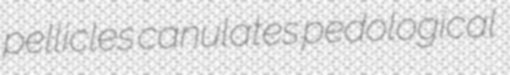
pellicles canulates pedological